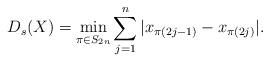
LaTeX: \begin{align*}D_s(X)=\min_{\pi\in S_{2n}}\sum_{j=1}^n |x_{\pi(2j-1)}-x_{\pi(2j)}|.\end{align*}